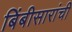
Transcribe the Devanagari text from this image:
बिंबीसारांची